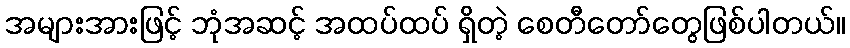
အများအားဖြင့် ဘုံအဆင့် အထပ်ထပ် ရှိတဲ့ စေတီတော်တွေဖြစ်ပါတယ်။